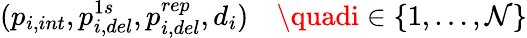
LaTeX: (p_{i,int},p_{i,del}^{1s},p_{i,del}^{rep},d_{i})\quad\quadi\in\{ 1,\dots,\mathcal{N}\}